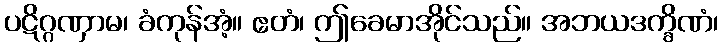
ပဋိဂ္ဂဏှာမ၊ ခံကုန်အံ့။ ဧတံ၊ ဤခေမာအိုင်သည်။ အဘယဒက္ခိဏံ၊